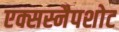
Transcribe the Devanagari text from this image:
एक्सस्नैपशोट